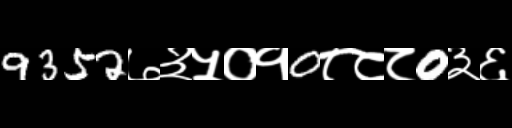
Text: 9352७३५०१0८८८0३६